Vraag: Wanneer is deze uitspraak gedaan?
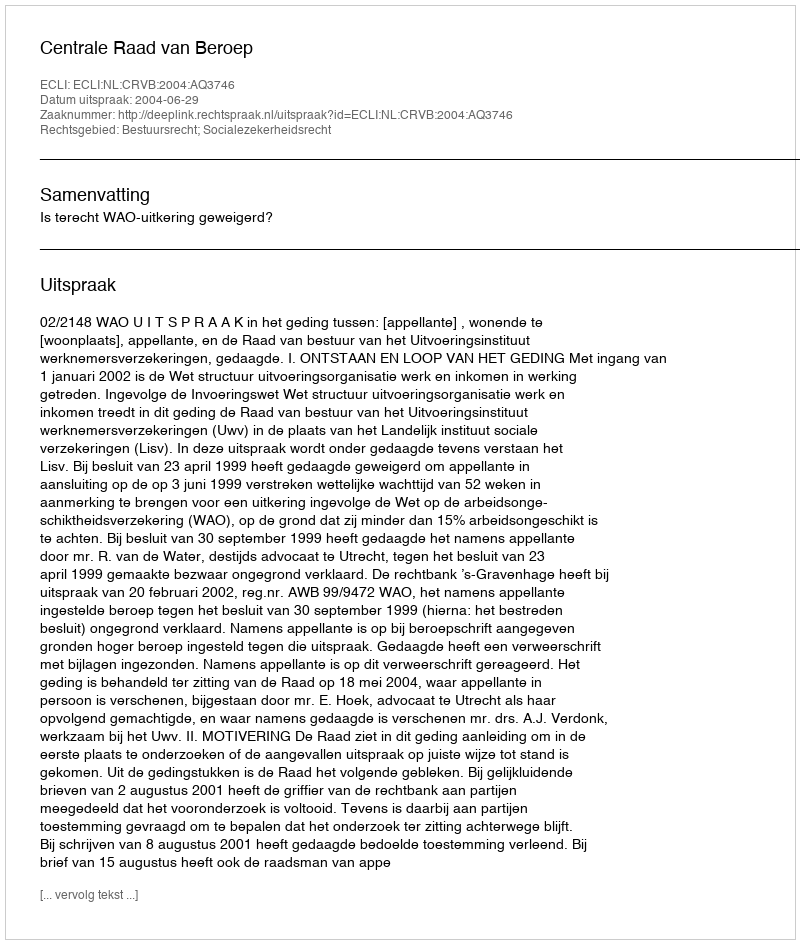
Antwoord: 2004-06-29